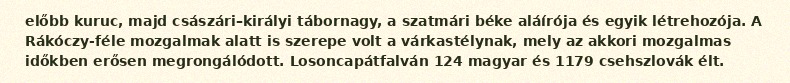
előbb kuruc, majd császári–királyi tábornagy, a szatmári béke aláírója és egyik létrehozója. A Rákóczy-féle mozgalmak alatt is szerepe volt a várkastélynak, mely az akkori mozgalmas időkben erősen megrongálódott. Losoncapátfalván 124 magyar és 1179 csehszlovák élt.